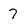
Character: 7